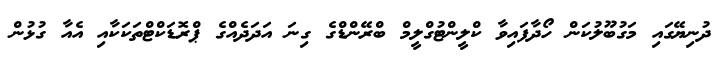
ދުނިޔޭގައި މަގުބޫލުކަން ހޯދާފައިވާ ކްލީންޓުގްލީމް ބްރޭންޑްގެ ގިނަ އަދަދެއްގެ ޕްރޮޑަކްޓްތަކަކާއި އެއާ ގުޅުން